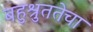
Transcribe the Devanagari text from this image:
बहुश्रुततेचा